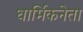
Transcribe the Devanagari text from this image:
धार्मिकनेता